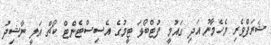
ޝަރަފްވެރި މެހެމާނު އަދި ގައުމީ ފުޓްބޯޅަ ޓީމުގެ އެސިސްޓެންޓް ކޯޗް އަލީ ނާޝިދު